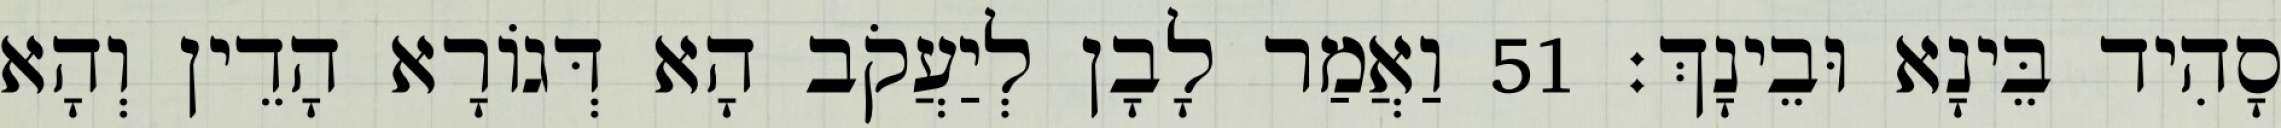
סָהִיד בֵּינָא וּבֵינָךְ׃ 51 וַאֲמַר לָבָן לְיַעֲקֹב הָא דְּגוֹרָא הָדֵין וְהָא